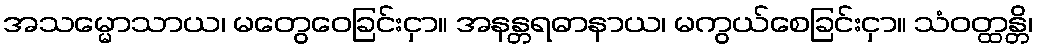
အသမ္မောသာယ၊ မတွေဝေခြင်းငှာ။ အနန္တရဓာနာယ၊ မကွယ်စေခြင်းငှာ။ သံဝတ္ထန္တိ၊